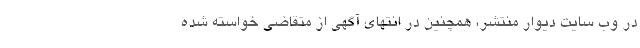
در وب سایت دیوار منتشر، همچنین در انتهای آگهی از متقاضی خواسته شده